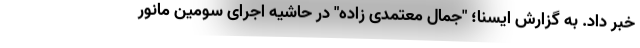
خبر داد. به گزارش ایسنا؛ "جمال معتمدی زاده" در حاشیه اجرای سومین مانور